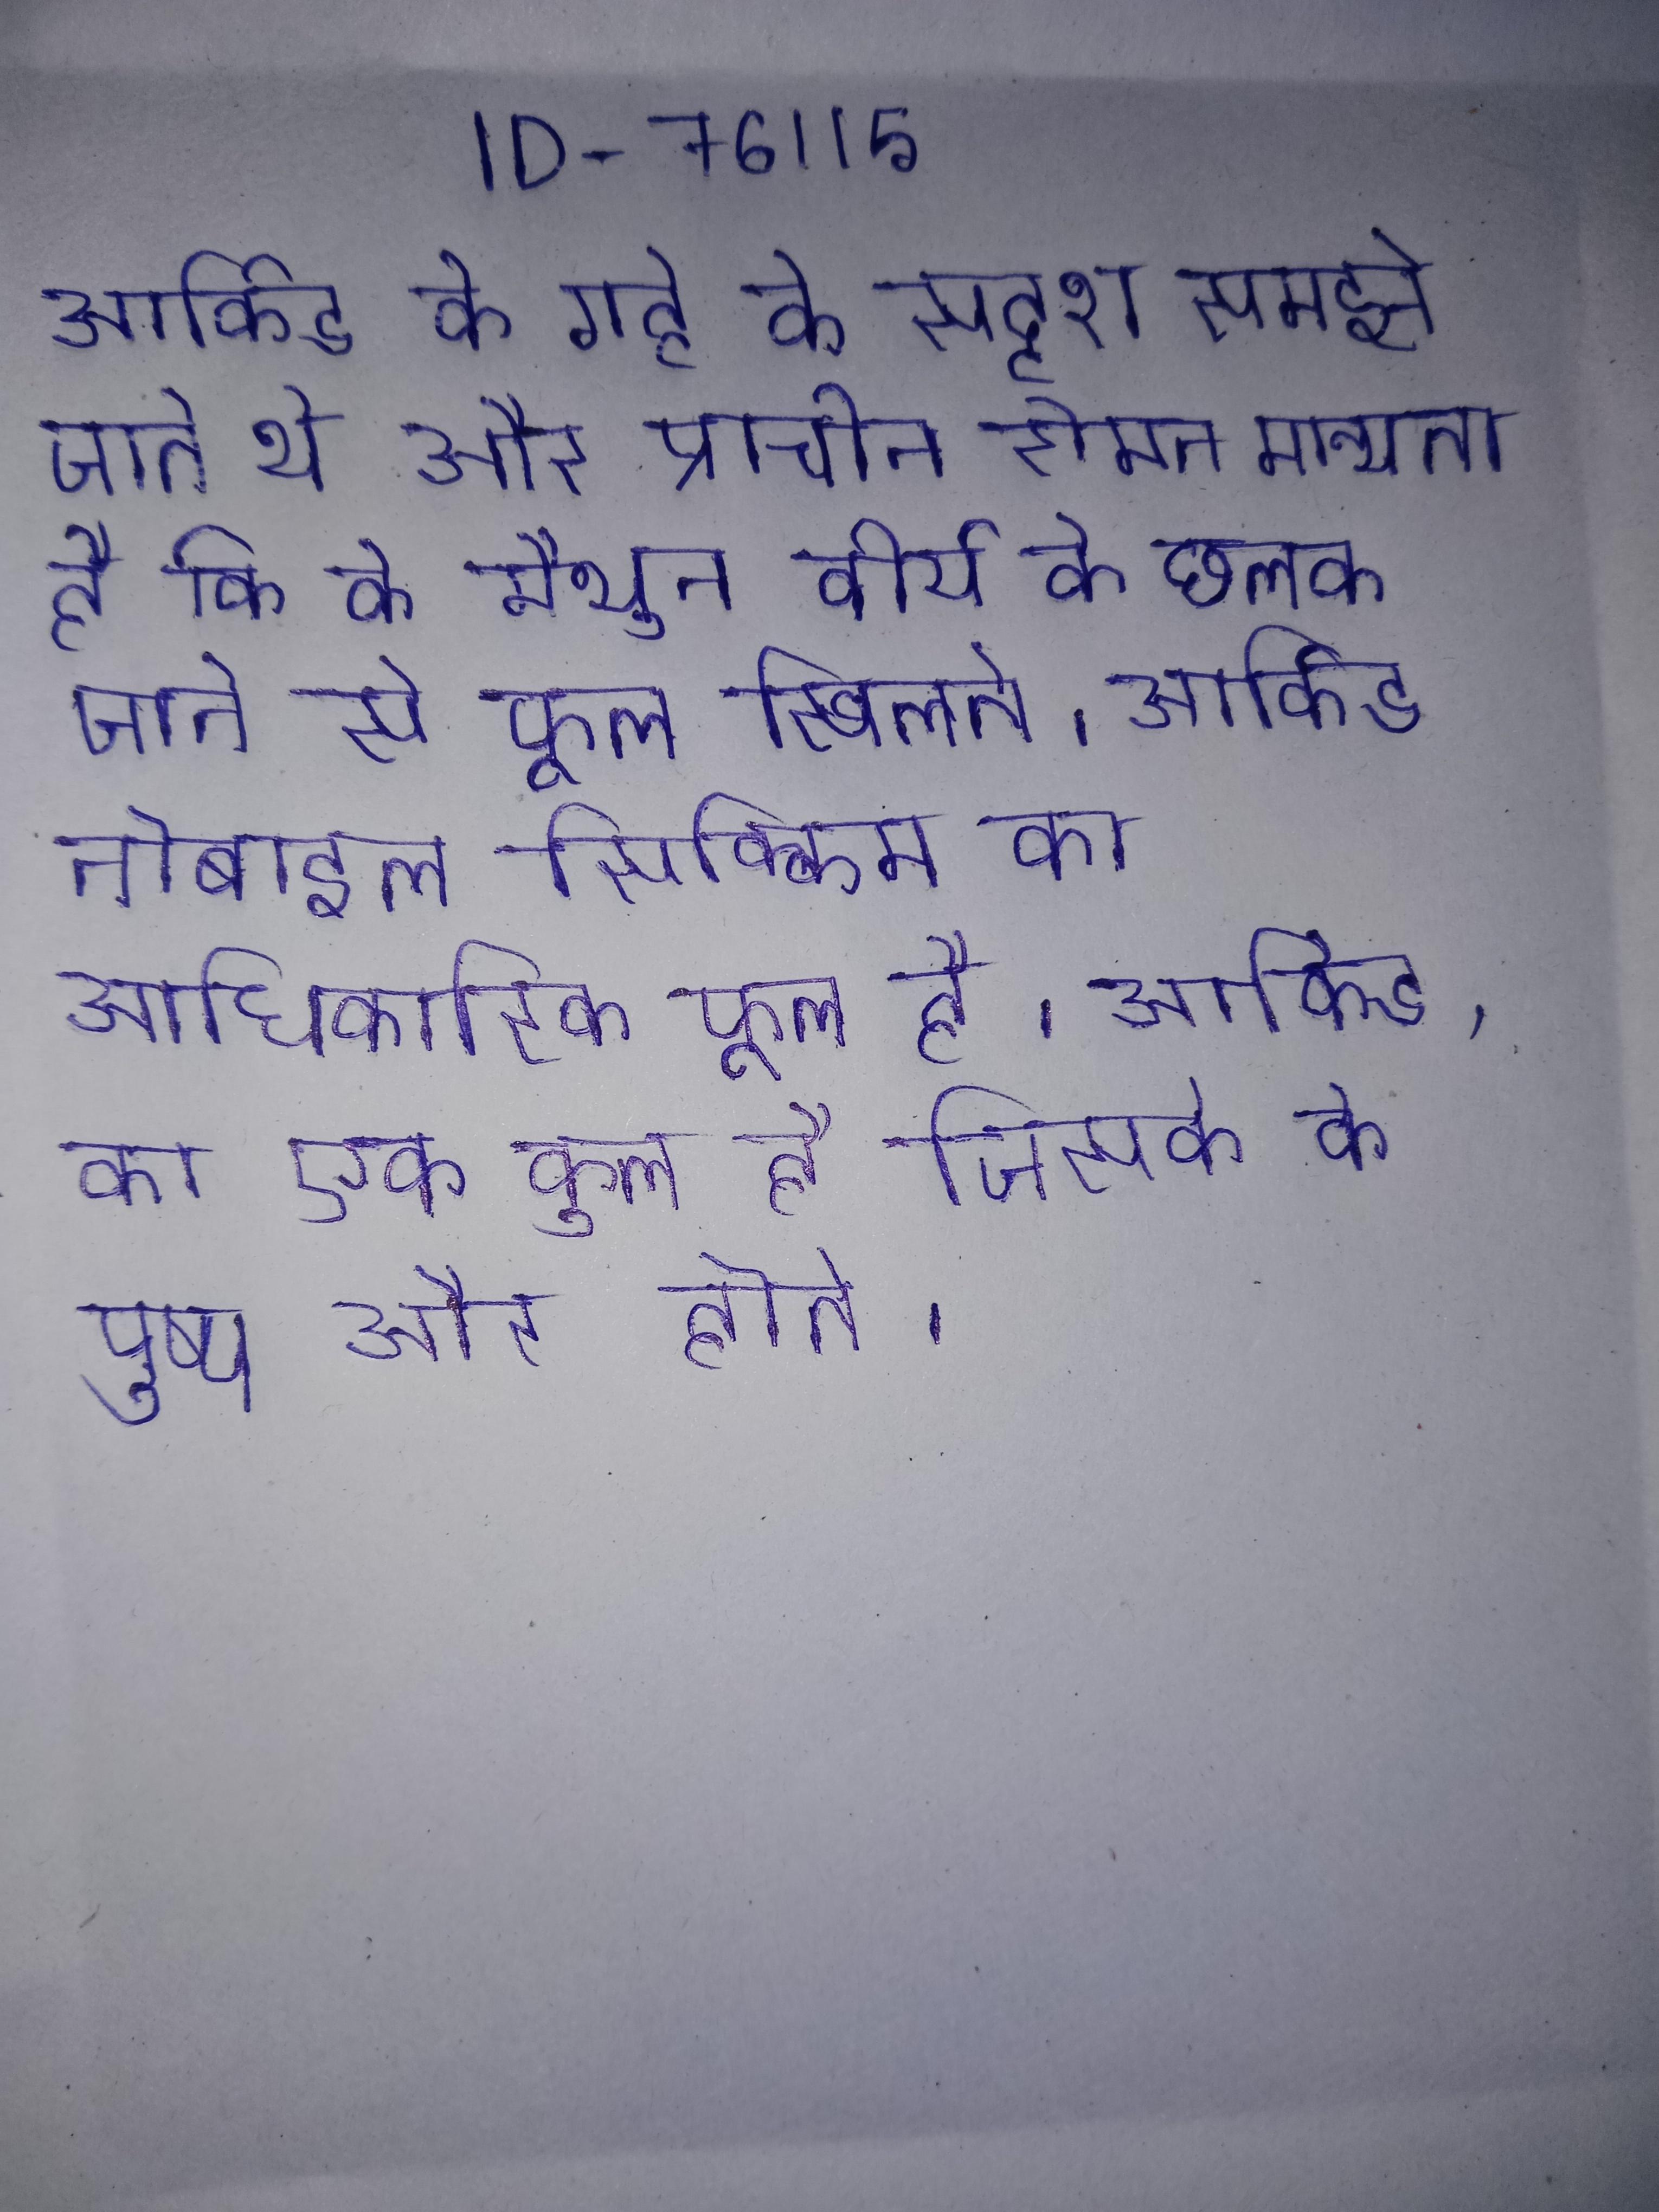
आर्किड के गट्टे के सदृश समझे जाते थे और प्राचीन रोमन मान्यता है कि के मैथुन से वीर्य के छलक जाने से फूल खिलते । आर्किड नोबाइल सिक्किम का आधिकारिक फूल है । आर्किड, का एक कुल है जिसके के पुष्प और होते ।